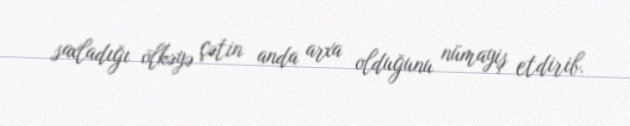
saxladığı ölkəyə çətin anda arxa olduğunu nümayiş etdirib.